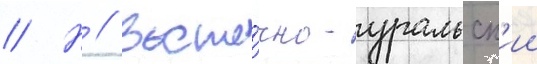
// Н // Восто́чно-уральск'ии